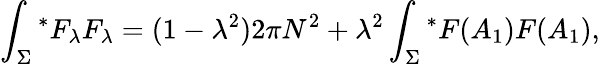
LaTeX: \int_{\Sigma}{^\ast F_{\lambda}}F_{\lambda}=(1-{\lambda}^{2})2\pi N^{2}+{\lambda}^{2}\int_{\Sigma}{^\ast F(A_{1})F(A_{1})},